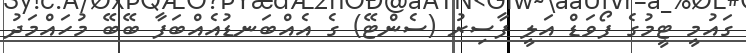
ގައުމީ ޓީމުގެ ފޯވަޑް އަލީ ފާސިރު (ސެންޓޭ) ގެ އެއްބަނޑުއެއްބަފާ ބޭބޭ މުހައްމަދު